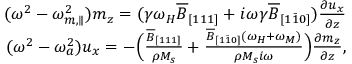
\begin{array} { r } { ( \omega ^ { 2 } - \omega _ { m , \parallel } ^ { 2 } ) m _ { z } = ( \gamma \omega _ { H } \overline { { B } } _ { [ 1 1 1 ] } + i \omega \gamma \overline { { B } } _ { [ 1 \bar { 1 } 0 ] } ) \frac { \partial u _ { x } } { \partial z } } \\ { ( \omega ^ { 2 } - \omega _ { a } ^ { 2 } ) u _ { x } = - \Big ( \frac { \overline { { B } } _ { [ 1 1 1 ] } } { \rho M _ { s } } + \frac { \overline { { B } } _ { [ 1 \bar { 1 } 0 ] } ( \omega _ { H } + \omega _ { M } ) } { \rho M _ { s } i \omega } \Big ) \frac { \partial m _ { z } } { \partial z } , } \end{array}